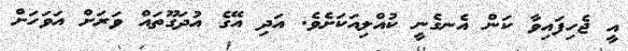
އީ ޖެހިފައިވާ ކަން އެނގެނީ ކުއްލިއަކަށެވެ. އަދި އޭގެ އުދަގޫތައް ވަރަށް އަވަހަށް